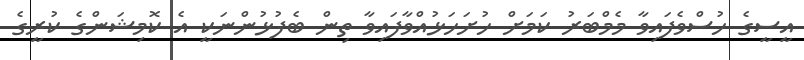
އީސީގެ ހުސްވެފައިވާ މެމްބަރު ކަމަށް ހުށަހަޅުއްވާފައިވާ ތިން ބެފުޅުންނަކީ އެ ކޮމިޝަންގެ ކުރީގެ